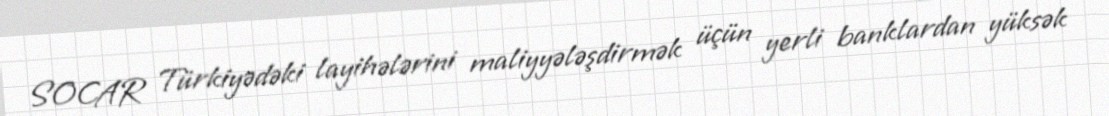
SOCAR Türkiyədəki layihələrini maliyyələşdirmək üçün yerli banklardan yüksək